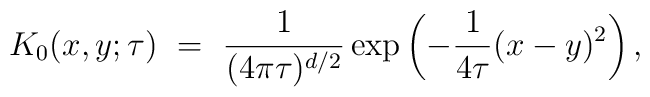
K_0(x,y;\tau)\ =\ \frac{1}{(4\pi\tau)^{d/2}}  \exp\left(-\frac{1}{4\tau}(x-y)^2\right),